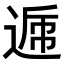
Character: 𨔄